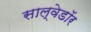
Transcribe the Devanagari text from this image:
साल्वेडॉर